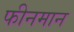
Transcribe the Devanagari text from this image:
फीनमान